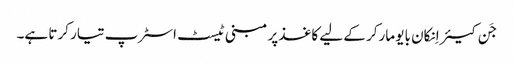
جَن کیئر اِنکان بایو مارکر کے لیے کاغذ پر مبنی ٹیسٹ اسٹرپ تیار کرتا ہے۔